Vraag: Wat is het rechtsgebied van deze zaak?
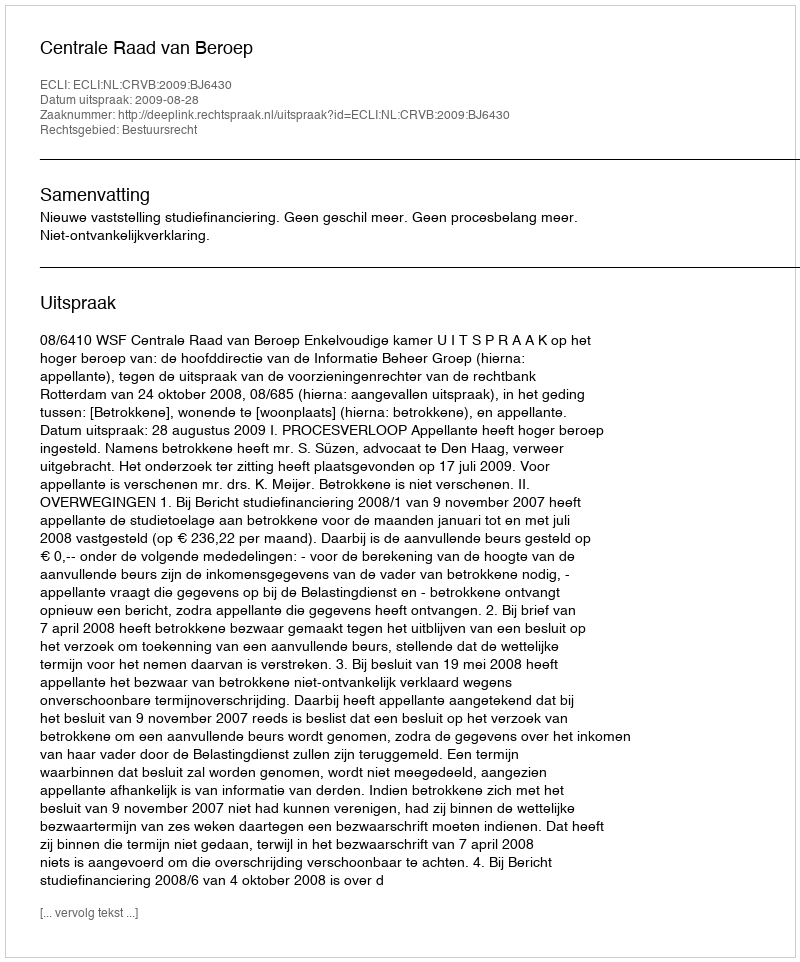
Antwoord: Bestuursrecht